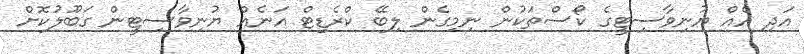
އަދި އެއް ޔުނިވާސިޓީގެ ކޯސްތަކުން ނިމިގެން ލިބޭ ކްރެޑިޓް އަނެއް ޔުނިވާސިޓީން ގަަބޫލުކޮށް